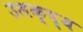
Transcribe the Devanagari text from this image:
उलक्ष्य